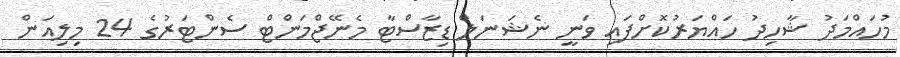
މުހައްމަދު ޝާހިދު ހައްޔަރުކޮށްފައި ވަނީ ނެޝަނަލް ޑިޒާސްޓާ މެނޭޖްމަންޓް ސެންޓަރުގެ 24 މިލިއަން